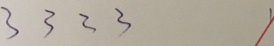
3 3 3 3 1